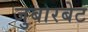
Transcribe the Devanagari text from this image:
जुबारबेट